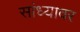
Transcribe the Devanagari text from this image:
सांध्यावर